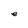
Character: e